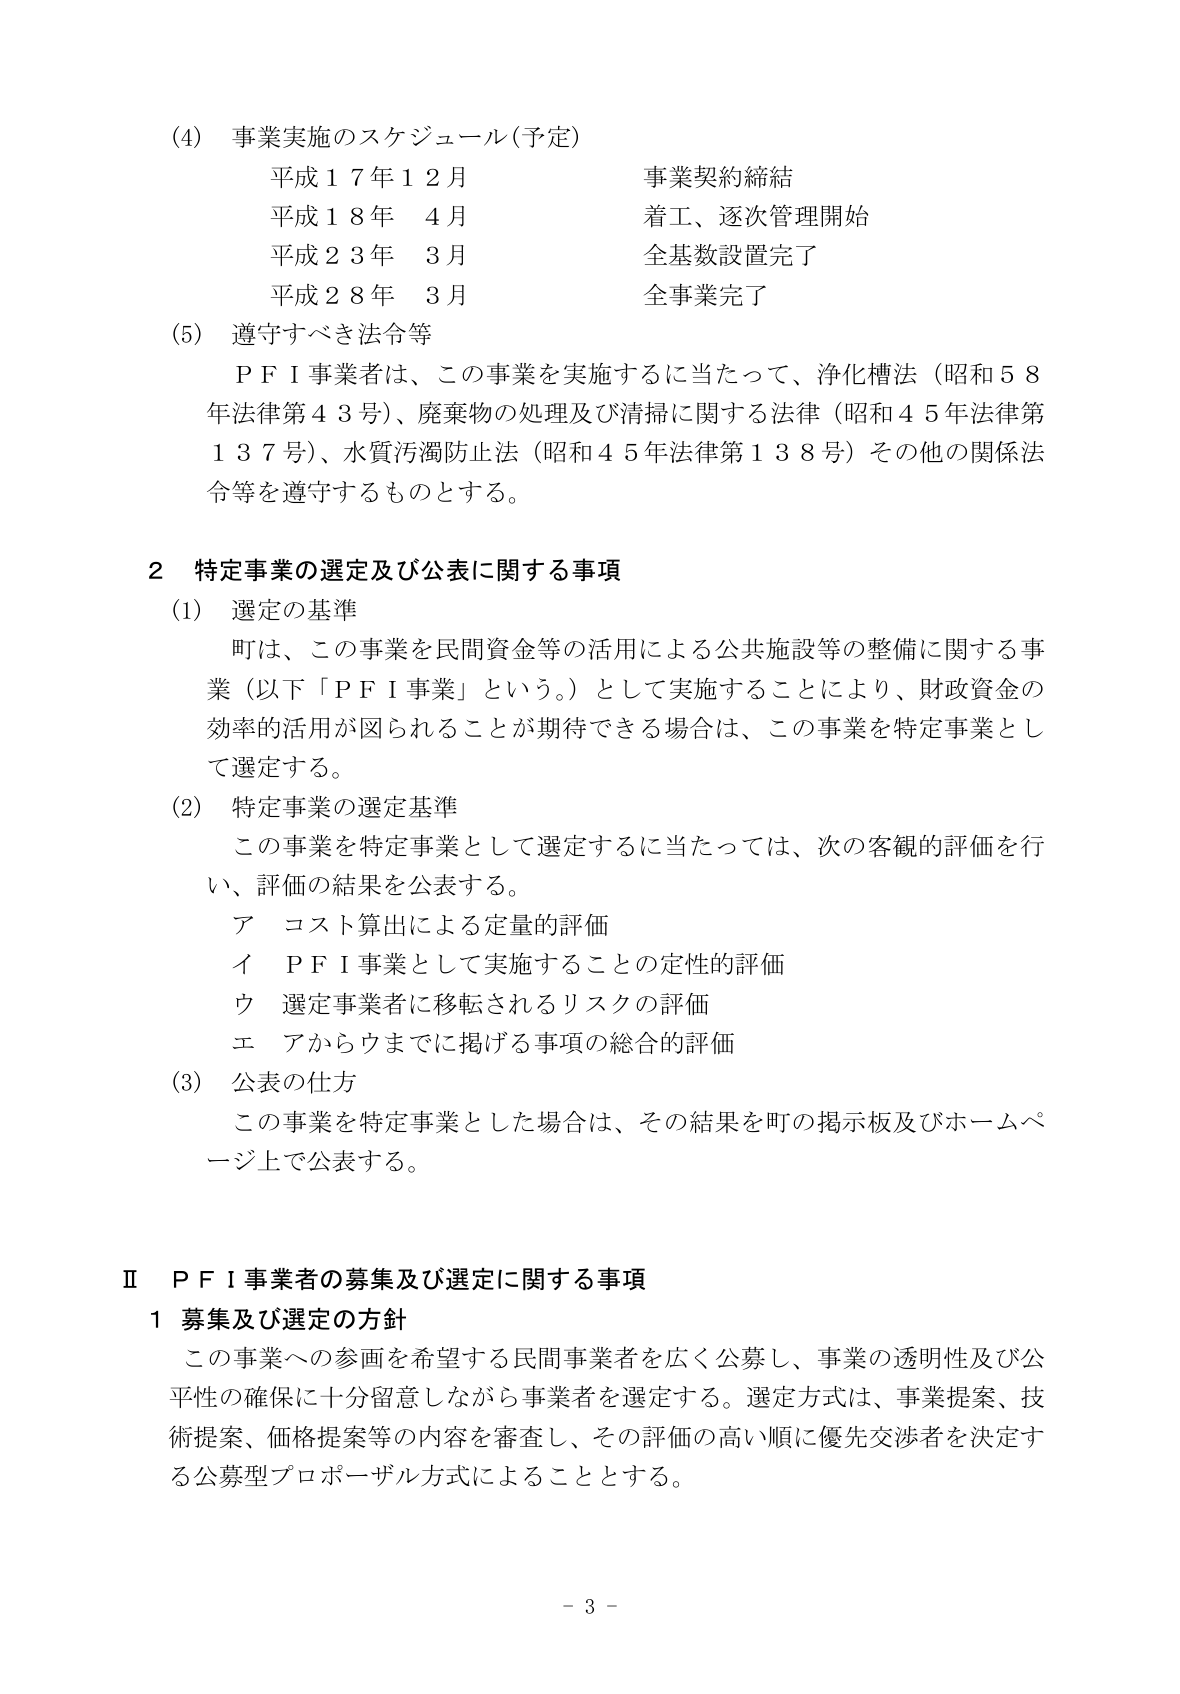
(4) 事業実施のスケジュール（予定）
平成１７年１２月 事業契約締結
平成１８年 ４月 着工、逐次管理開始
平成２３年 ３月 全基数設置完了
平成２８年 ３月 全事業完了

(5) 遵守すべき法令等
ＰＦＩ事業者は、この事業を実施するに当たって、浄化槽法（昭和５８年法律第４３号）、廃棄物の処理及び清掃に関する法律（昭和４５年法律第１３７号）、水質汚濁防止法（昭和４５年法律第１３８号）その他の関係法令等を遵守するものとする。

２ 特定事業の選定及び公表に関する事項
(1) 選定の基準
町は、この事業を民間資金等の活用による公共施設等の整備に関する事業（以下「ＰＦＩ事業」という。）として実施することにより、財政資金の効率的活用が図られることが期待できる場合は、この事業を特定事業として選定する。

(2) 特定事業の選定基準
この事業を特定事業として選定するに当たっては、次の客観的評価を行い、評価の結果を公表する。
ア コスト算出による定量的評価
イ ＰＦＩ事業として実施することの定性的評価
ウ 選定事業者に移転されるリスクの評価
エ アからウまでに掲げる事項の総合的評価

(3) 公表の仕方
この事業を特定事業とした場合は、その結果を町の掲示板及びホームページ上で公表する。

Ⅱ ＰＦＩ事業者の募集及び選定に関する事項
１ 募集及び選定の方針
この事業への参画を希望する民間事業者を広く公募し、事業の透明性及び公平性の確保に十分留意しながら事業者を選定する。選定方式は、事業提案、技術提案、価格提案等の内容を審査し、その評価の高い順に優先交渉者を決定する公募型プロポーザル方式によることとする。

－ 3 －